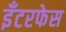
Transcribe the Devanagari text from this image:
इँटरफेस